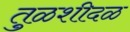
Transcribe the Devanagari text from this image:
तुळशीदळ